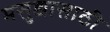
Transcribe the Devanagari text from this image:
मसुद्यासाठी